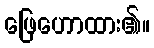
ဖြေဟောထား၏။